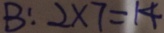
B : 2 \times 7 = 1 4